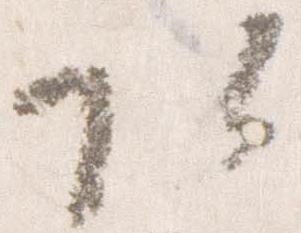
頭